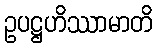
ဥပဋ္ဌဟိဿာမာတိ